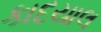
કાદયાલ